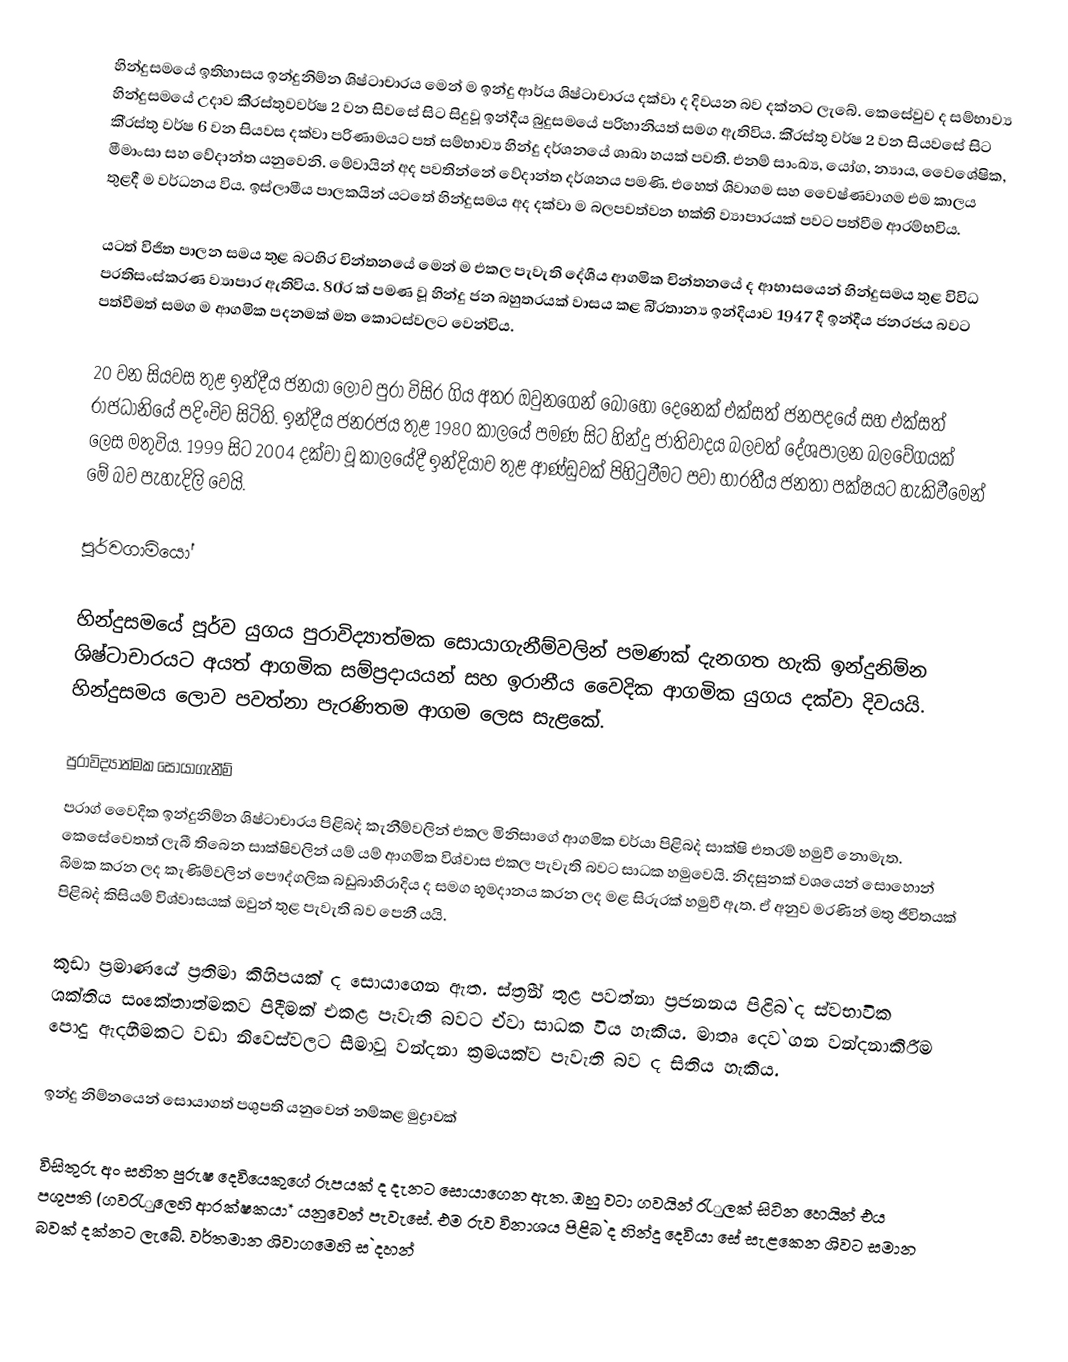
හින්දුසමයේ ඉතිහාසය ඉන්දුනිම්න ශිෂ්ටාචාරය මෙන් ම ඉන්දු ආර්ය ශිෂ්ටාචාරය දක්වා ද  දිවයන බව දක්නට ලැබේ. කෙසේවුව ද සම්භාව්‍ය හින්දුසමයේ උදාව කි‍්‍රස්තුවවර්ෂ 2 වන සිවසේ සිට සිදුවූ ඉන්දීය බුදුසමයේ පරිහානියත් සමග ඇතිවිය. කි‍්‍රස්තු වර්ෂ 2 වන සියවසේ සිට කි‍්‍රස්තු වර්ෂ 6 වන සියවස දක්වා පරිණාමයට පත් සම්භාව්‍ය හින්දු දර්ශනයේ ශාඛා හයක් පවතී. එනම් සාංඛ්‍ය, යෝග, න්‍යාය, වෛශේෂික, මීමාංසා සහ වේදාන්ත යනුවෙනි. මේවායින් අද පවතින්නේ වේදාන්ත දර්ශනය පමණි. එහෙත් ශිවාගම සහ වෛෂ්ණවාගම එම කාලය තුළදී ම වර්ධනය විය. ඉස්ලාමීය පාලකයින් යටතේ හින්දුසමය  අද දක්වා ම බලපවත්වන භක්ති ව්‍යාපාරයක් පවට පත්වීම ආරම්භවිය.

යටත් විජිත පාලන සමය තුළ බටහිර චින්තනයේ මෙන් ම එකල පැවැති දේශීය ආගමික චින්තනයේ ද ආභාසයෙන් හින්දුසමය තුළ විවිධ ප‍්‍රතිසංස්කරණ ව්‍යාපාර ඇතිවිය. 80්‍ර ක් පමණ වූ හින්දු ජන බහුතරයක් වාසය කළ බි‍්‍රතාන්‍ය ඉන්දියාව 1947 දී ඉන්දීය ජනරජය  බවට පත්වීමත් සමග ම ආගමික පදනමක් මත කොටස්වලට වෙන්විය.

20 වන සියවස තුළ ඉන්දීය ජනයා ලොව පුරා විසිර ගිය අතර ඔවුනගෙන් බොහෝ දෙනෙක් එක්සත් ජනපදයේ සහ එක්සත් රාජධානියේ පදිංචිව සිටිති. ඉන්දීය ජනරජය තුළ 1980 කාලයේ පමණ සිට හින්දු ජාතිවාදය බලවත් දේශපාලන බලවේගයක් ලෙස මතුවිය. 1999 සිට 2004 දක්වා වූ කාලයේදී ඉන්දියාව තුළ ආණ්ඩුවක් පිහිටුවීමට පවා භාරතීය ජනතා පක්ෂයට හැකිවීමෙන් මේ බව පැහැදිලි වෙයි.

පූර්වගාමියෝ

හින්දුසමයේ පූර්ව යුගය පුරාවිද්‍යාත්මක සොයාගැනීම්වලින් පමණක් දැනගත හැකි ඉන්දුනිම්න ශිෂ්ටාචාරයට අයත් ආගමික සම්ප‍්‍රදායයන් සහ ඉරානීය වෛදික ආගමික යුගය දක්වා දිවයයි. හින්දුසමය ලොව පවත්නා පැරණිතම ආගම ලෙස සැළකේ.

පුරාවිද්‍යාත්මක සොයාගැනීම්
ප‍්‍රාග් වෛදික ඉන්දුනිම්න ශිෂ්ටාචාරය පිළිබ`ද කැනීම්වලින් එකල මිනිසාගේ ආගමික චර්යා පිළිබ`ද සාක්ෂි එතරම් හමුවී  නොමැත. කෙසේවෙතත් ලැබී තිබෙන සාක්ෂිවලින් යම් යම් ආගමික විශ්වාස එකල පැවැති බවට සාධක හමුවෙයි. නිදසුනක් වශයෙන් සොහොන් බිමක කරන ලද කැණිම්වලින් පෞද්ගලික බඩුබාහිරාදිය ද සමග භූමදානය කරන ලද මළ සිරුරක් හමුවී ඇත. ඒ අනුව මරණින් මතු ජීවිතයක් පිළිබ`ද කිසියම් විශ්වාසයක් ඔවුන් තුළ පැවැති බව පෙනී යයි.

කුඩා ප‍්‍රමාණයේ ප‍්‍රතිමා කිහිපයක් ද සොයාගෙන ඇත. ස්ත‍්‍රීන් තුළ පවත්නා ප‍්‍රජනනය පිළිබ`ද ස්වභාවික ශක්තිය සංකේතාත්මකව පිදීමක් එකළ පැවැති බවට ඒවා සාධක විය හැකිය. මාතෘ දෙව`ගන වන්දනාකිරීම පොදු ඇදහීමකට වඩා නිවෙස්වලට සීමාවූ වන්දනා ක‍්‍රමයක්ව පැවැති බව ද සිතිය හැකිය.

ඉන්දු නිම්නයෙන් සොයාගත් පශුපති යනුවෙන් නම්කළ මුද්‍රාවක්

විසිතුරු අං සහිත පුරුෂ දෙවියෙකුගේ රූපයක් ද දැනට සොයාගෙන ඇත. ඔහු වටා ගවයින් රැුලක් සිටින හෙයින් එය  පශුපති (ගවරැුලෙහි ආරක්ෂකයා* යනුවෙන් පැවැසේ. එම රුව විනාශය පිළිබ`ද හින්දු දෙවියා සේ සැළකෙන ශිවට සමාන බවක් දක්නට ලැබේ. වර්තමාන ශිවාගමෙහි ස`දහන්